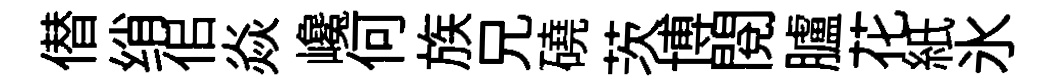
僣绡佀焱巉何族兄磽茨博閱臚花紙氷